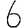
Digit: 6